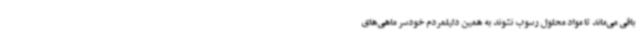
باقی می‌ماند تا مواد محلول رسوب نشوند به همین دلیلمردم خودسر ماهی‌های